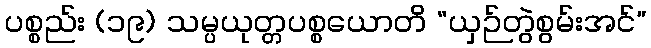
ပစ္စည်း (၁၉) သမ္ပယုတ္တပစ္စယောတိ “ယှဉ်တွဲစွမ်းအင်”